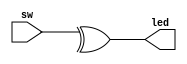
`timescale 1ns / 1ps
//////////////////////////////////////////////////////////////////////////////////
// Company: 
// Engineer: 
// 
// Design Name: 
// Module Name: five_way
// Project Name: 
// Target Devices: 
// Tool Versions: 
// Description: 
// 
// Dependencies: 
// 
// Revision:
// Revision 0.01 - File Created
// Additional Comments:
// 
//////////////////////////////////////////////////////////////////////////////////


module five_way(
input [4:0] sw,
output led
    );
    assign led = ^sw;
endmodule